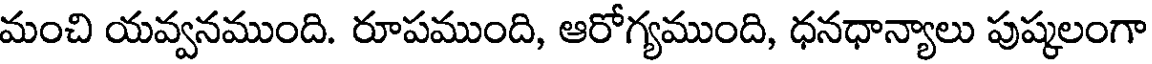
మంచి యవ్వనముంది. రూపముంది, ఆరోగ్యముంది, ధనధాన్యాలు పుష్కలంగా